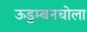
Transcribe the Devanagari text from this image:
ऊडुम्बनचोला